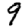
Digit: 9